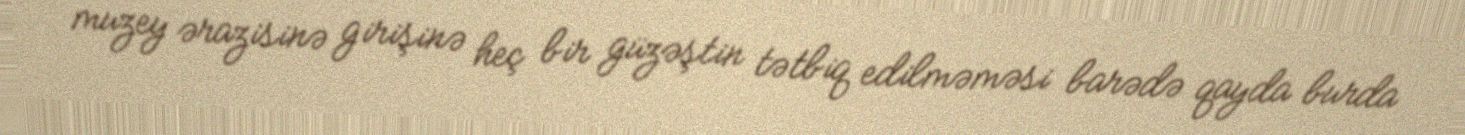
muzey ərazisinə girişinə heç bir güzəştin tətbiq edilməməsi barədə qayda burda